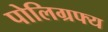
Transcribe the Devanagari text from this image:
पोलिग्रफ्य